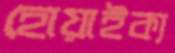
হোয়াইক্য